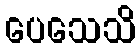
ပေသေသိ